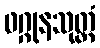
ဖဂ္ဂုနသုတ္တံ